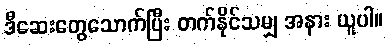
ဒီဆေးတွေသောက်ပြီး တက်နိုင်သမျှ အနား ယူပါ။